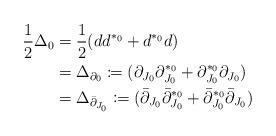
LaTeX: \begin{align*}\frac{1}{2}\Delta_0&=\frac{1}{2}(dd^{*_0}+d^{*_0}d)\\&=\Delta_{\partial_0}\coloneqq(\partial_{J_0}\partial_{J_0}^{*_0}+\partial_{J_0}^{*_0}\partial_{J_0})\\&=\Delta_{\bar{\partial}_{J_0}}\coloneqq(\bar{\partial}_{J_0}\bar{\partial}_{J_0}^{*_0}+\bar{\partial}_{J_0}^{*_0}\bar{\partial}_{J_0})\end{align*}